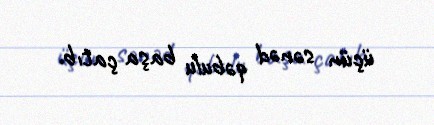
üçün sənəd qəbulu başa çatıb.